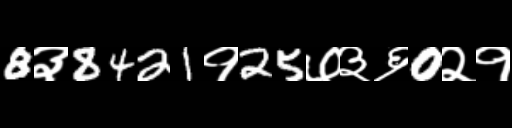
Text: 8३8421१25७३६0२१